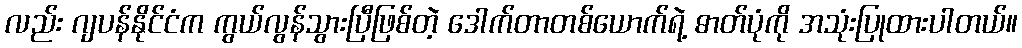
လည်း ဂျပန်နိုင်ငံက ကွယ်လွန်သွားပြီဖြစ်တဲ့ ဒေါက်တာတစ်ယောက်ရဲ့ ဓာတ်ပုံကို အသုံးပြုထားပါတယ်။